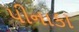
પીનાકા